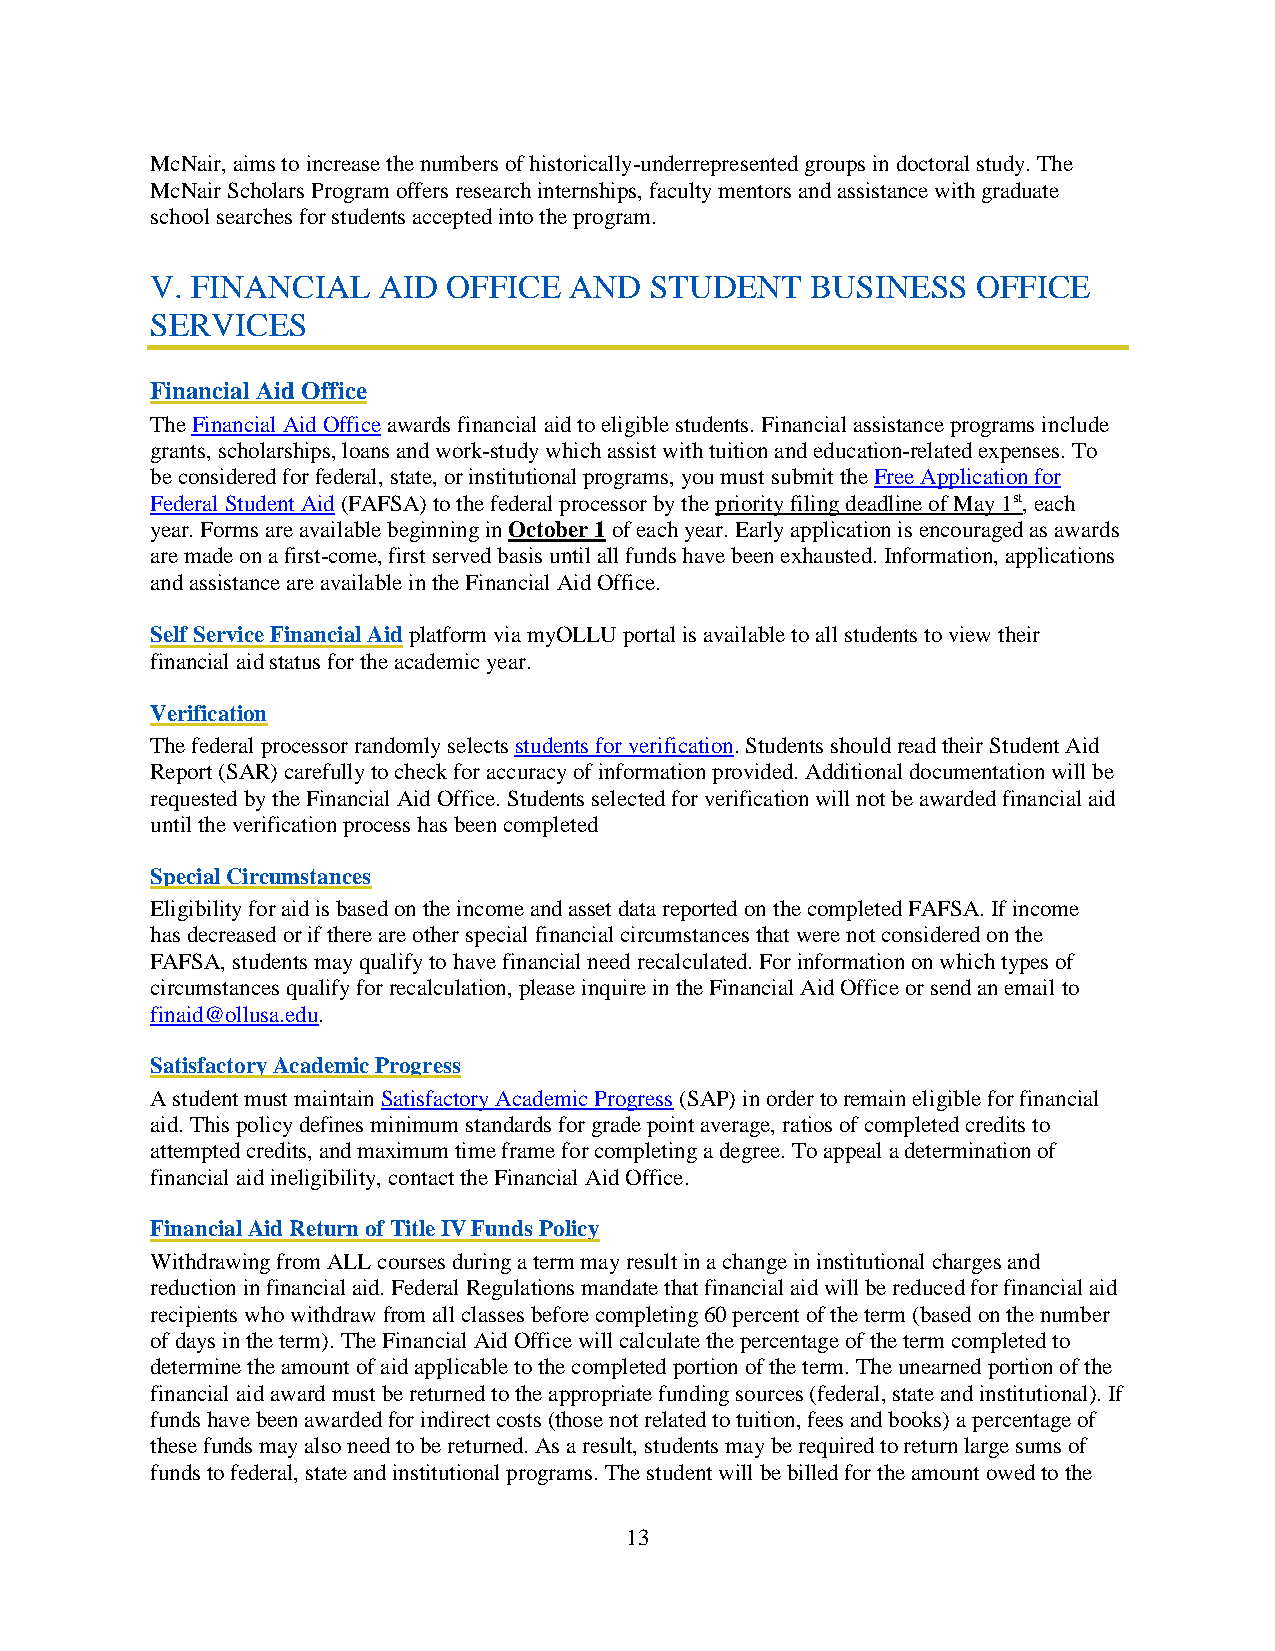
McNair, aims to increase the numbers of historically-underrepresented groups in doctoral study. The
 McNair Scholars Program offers research internships, faculty mentors and assistance with graduate
 school searches for students accepted into the program.
 V. FINANCIAL   AID  OFFICE  AND  STUDENT    BUSINESS   OFFICE
 SERVICES
 Financial Aid Office
 The Financial Aid Office awards financial aid to eligible students. Financial assistance programs include
 grants, scholarships, loans and work-study which assist with tuition and education-related expenses. To
 be considered for federal, state, or institutional programs, you must submit the Free Application for
 Federal Student Aid (FAFSA) to the federal processor by the priority filing deadline of May 1st, each
 year. Forms are available beginning in October 1 of each year. Early application is encouraged as awards
 are made on a first-come, first served basis until all funds have been exhausted. Information, applications
 and assistance are available in the Financial Aid Office.
 Self Service Financial Aid platform via myOLLU portal is available to all students to view their
 financial aid status for the academic year.
 Verification
 The federal processor randomly selects students for verification. Students should read their Student Aid
 Report (SAR) carefully to check for accuracy of information provided. Additional documentation will be
 requested by the Financial Aid Office. Students selected for verification will not be awarded financial aid
 until the verification process has been completed
 Special Circumstances
 Eligibility for aid is based on the income and asset data reported on the completed FAFSA. If income
 has decreased or if there are other special financial circumstances that were not considered on the
 FAFSA, students may qualify to have financial need recalculated. For information on which types of
 circumstances qualify for recalculation, please inquire in the Financial Aid Office or send an email to
 finaid@ollusa.edu.
 Satisfactory Academic Progress
 A student must maintain Satisfactory Academic Progress (SAP) in order to remain eligible for financial
 aid. This policy defines minimum standards for grade point average, ratios of completed credits to
 attempted credits, and maximum time frame for completing a degree. To appeal a determination of
 financial aid ineligibility, contact the Financial Aid Office.
 Financial Aid Return of Title IV Funds Policy
 Withdrawing from ALL courses during a term may result in a change in institutional charges and
 reduction in financial aid. Federal Regulations mandate that financial aid will be reduced for financial aid
 recipients who withdraw from all classes before completing 60 percent of the term (based on the number
 of days in the term). The Financial Aid Office will calculate the percentage of the term completed to
 determine the amount of aid applicable to the completed portion of the term. The unearned portion of the
 financial aid award must be returned to the appropriate funding sources (federal, state and institutional). If
 funds have been awarded for indirect costs (those not related to tuition, fees and books) a percentage of
 these funds may also need to be returned. As a result, students may be required to return large sums of
 funds to federal, state and institutional programs. The student will be billed for the amount owed to the
 13